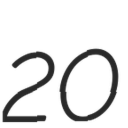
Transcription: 20